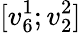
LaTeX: [v_{6}^{1};v_{2}^{2}]